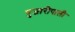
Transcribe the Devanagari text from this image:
पुजारीपाली